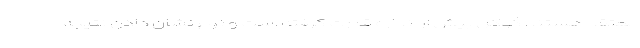
معتقد هستند گوگل بیش از اندازه قدرت گرفته است و نوع نشان دادن نتیجه